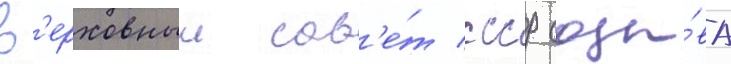
В'ерховныи сов'е́т ссср созы́ва